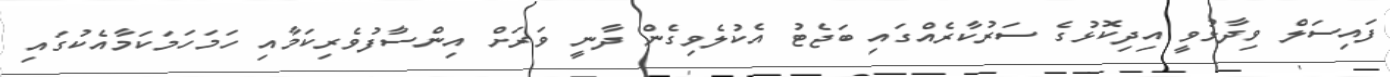
ފައިސަލް ވިދާޅުވީ އިދިކޮޅުގެ ސަރުކާރެއްގައި ބަޖެޓު އެކުލެވިގެން ދާނީ ވަރަށް އިންސާފުވެރިކަމާއި ހަމަހަމަކަމާއެކުގައި